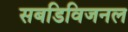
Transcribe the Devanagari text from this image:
सबडिविजनल